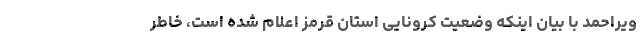
ویراحمد با بیان اینکه وضعیت کرونایی استان قرمز اعلام شده است، خاطر